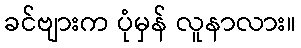
ခင်ဗျားက ပုံမှန် လူနာလား။